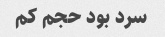
سرد بود حجم کم